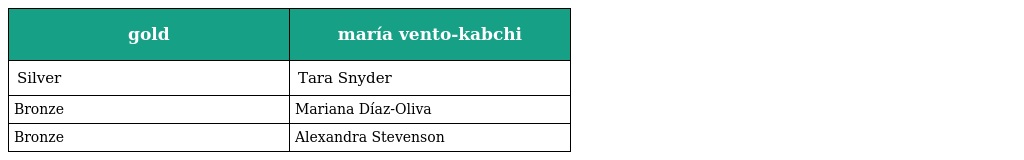
| gold | maría vento-kabchi |
 | --- | --- |
 | Silver | Tara Snyder |
 | Bronze | Mariana Díaz-Oliva |
 | Bronze | Alexandra Stevenson |